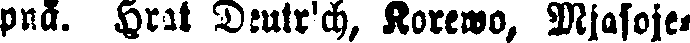
pnä. Hrat Deutrich, Korewo, Mjasose-